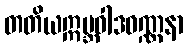
တတိယဣဗ္ဘဝါဒဝဏ္ဏနာ